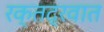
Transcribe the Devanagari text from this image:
रक्तद्रवात